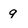
Character: q